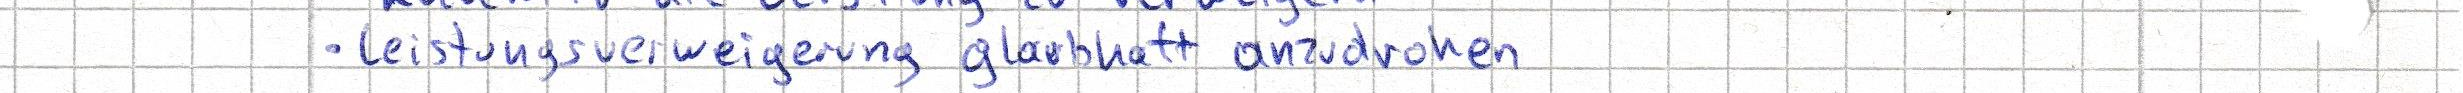
- Leistungsverweigerung glaubhaft anzudrohen